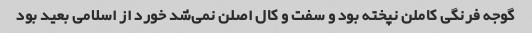
گوجه فرنگی کاملن نپخته بود و سفت و کال اصلن نمی‌شد خورد از اسلامی بعید بود